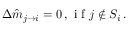
\Delta \hat { m } _ { j \rightarrow i } = 0 \, , \mathrm { ~ i ~ f ~ } j \notin S _ { i } \, .